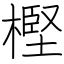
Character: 樫